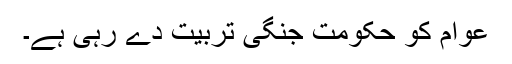
عوام کو حکومت جنگی تربیت دے رہی ہے۔